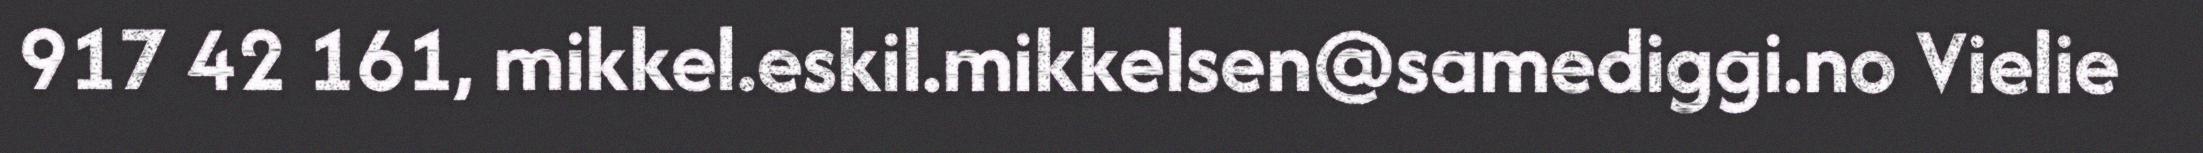
917 42 161, mikkel.eskil.mikkelsen@samediggi.no Vielie